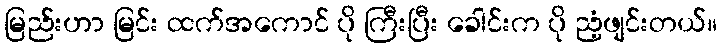
မြည်းဟာ မြင်း ထက်အကောင် ပို ကြီးပြီး ခေါင်းက ပို ညံ့ဖျင်းတယ်။